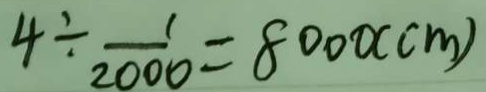
4 \div \frac { 1 } { 2 0 0 0 } = 8 0 0 0 ( c m )